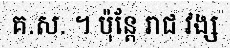
គ.ស. ។ ប៉ុន្តែ រាជ វង្ស